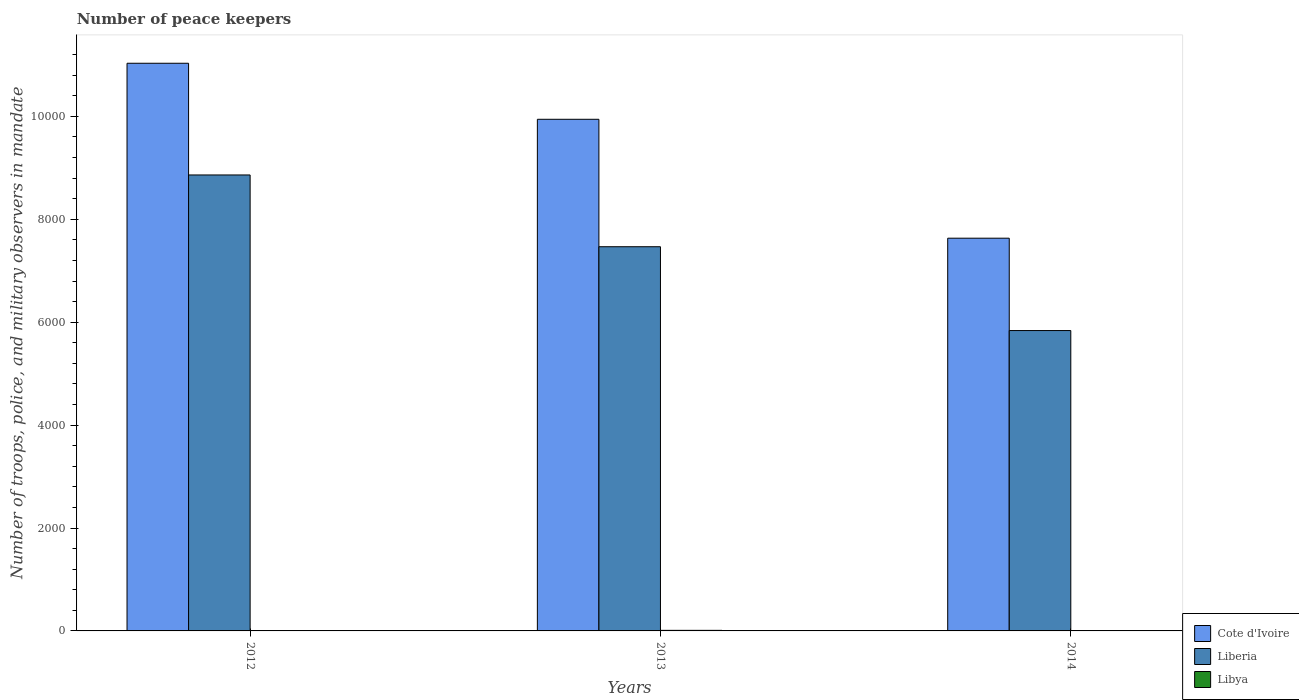
| Years | Cote d'Ivoire | Liberia | Libya |
 | --- | --- | --- | --- |
 | 2012 | 1.1e+04 | 8.86e+03 | 2 |
 | 2013 | 9.94e+03 | 7.47e+03 | 11 |
 | 2014 | 7.63e+03 | 5.84e+03 | 2 |